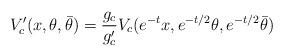
LaTeX: \begin{align*}V'_c(x, \theta, \bar{\theta}) = \frac{g_c}{g'_c} V_c (e^{-t} x, e^{-t/2}\theta, e^{-t/2}\bar{\theta})\end{align*}